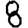
Digit: 8